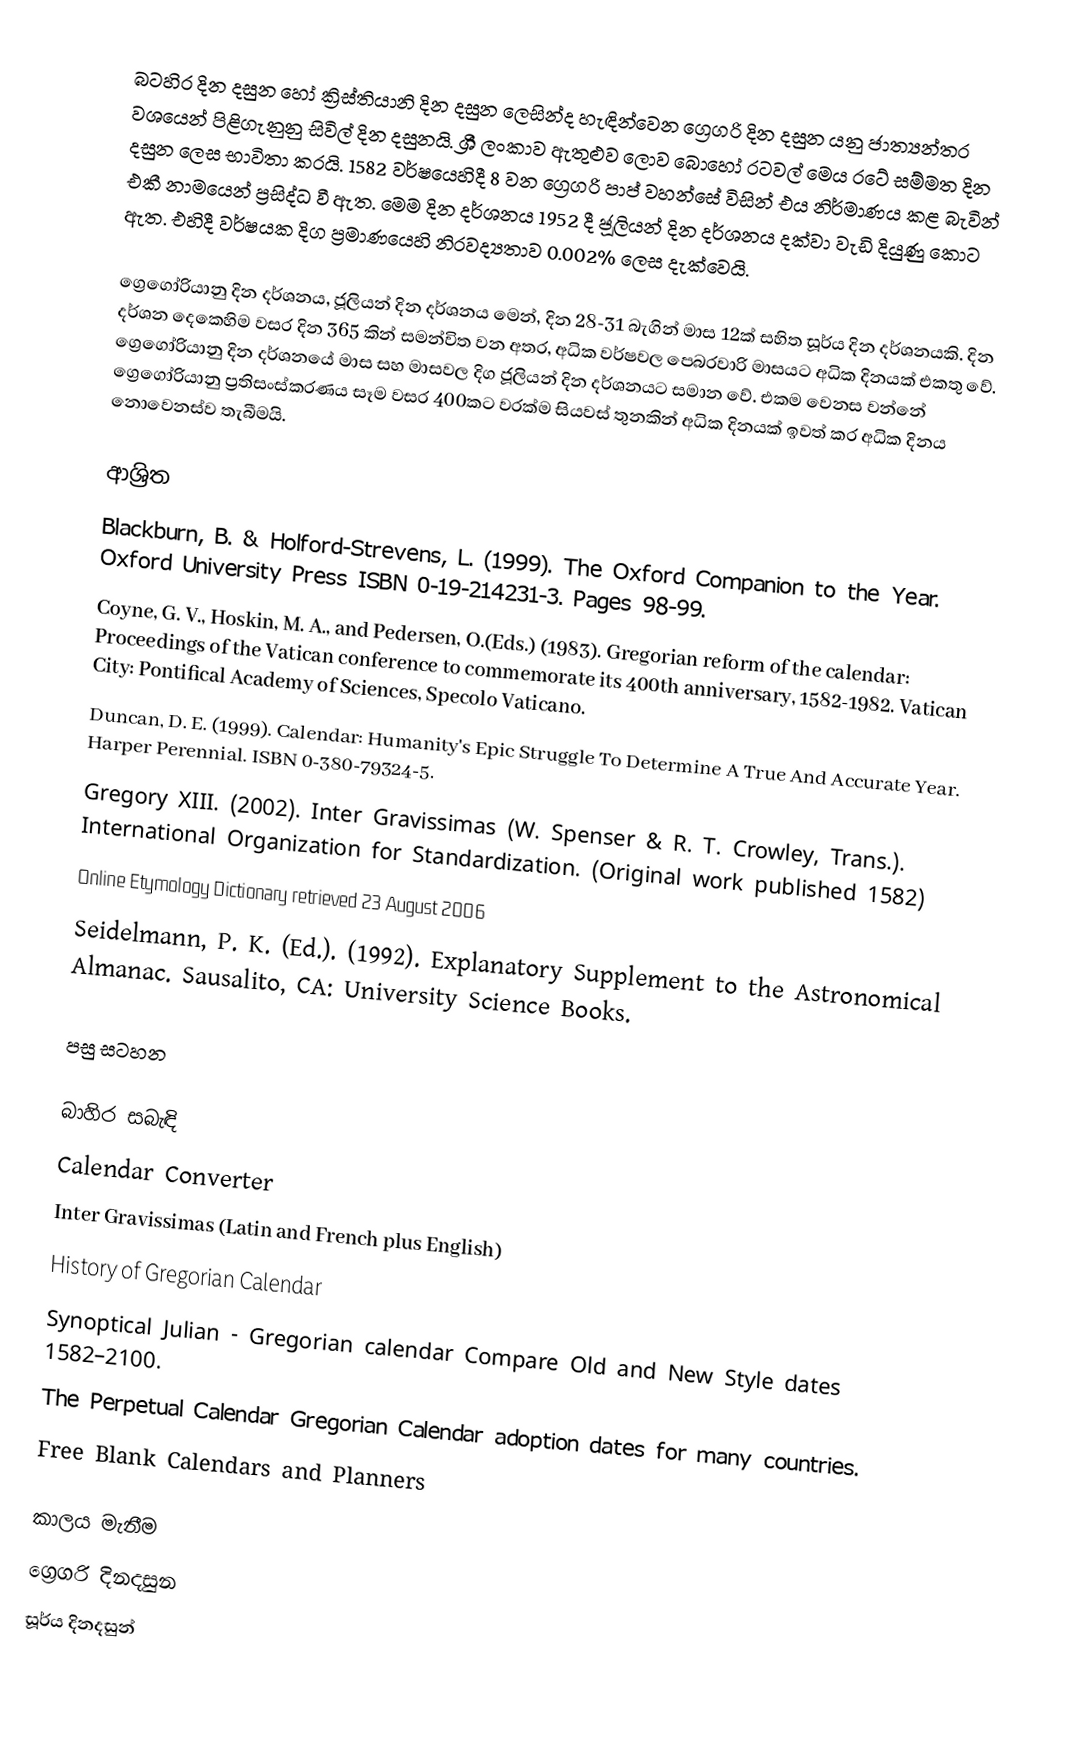
බටහිර දින දසුන හෝ ක්‍රිස්තියානි දින දසුන ලෙසින්ද හැඳින්වෙන ග්‍රෙගරි දින දසුන යනු ජාත්‍යන්තර වශයෙන් පිළිගැනුනු සිවිල් දින දසුනයි. ‍ශ්‍රී ලංකාව ඇතුළුව ලොව බොහෝ රටවල් මෙය රටේ සම්මත දින දසුන ලෙස භාවිතා කරයි.  1582 වර්ෂයෙහිදී 8 වන ග්‍රෙගරි පාප් වහන්සේ විසින් එය නිර්මාණය කළ බැවින් එකී නාමයෙන් ප්‍රසිද්ධ වී ඇත. මෙම දින දර්ශනය 1952 දී ජූලියන් දින දර්ශනය දක්වා වැඩි දියුණු කොට ඇත. එහිදී වර්ෂයක දිග ප්‍රමාණයෙහි නිරවද්‍යතාව 0.002% ලෙස දැක්වෙයි.

ග්‍රෙගෝරියානු දින දර්ශනය, ජූලියන් දින දර්ශනය මෙන්, දින 28-31 බැගින් මාස 12ක් සහිත සූර්ය දින දර්ශනයකි.  දින දර්ශන දෙකෙහිම වසර දින 365 කින් සමන්විත වන අතර, අධික වර්ෂවල පෙබරවාරි මාසයට අධික දිනයක් එකතු වේ.  ග්‍රෙගෝරියානු දින දර්ශනයේ මාස සහ මාසවල දිග ජූලියන් දින දර්ශනයට සමාන වේ.  එකම වෙනස වන්නේ ග්‍රෙගෝරියානු ප්‍රතිසංස්කරණය සෑම වසර 400කට වරක්ම සියවස් තුනකින් අධික දිනයක් ඉවත් කර අධික දිනය නොවෙනස්ව තැබීමයි.

ආශ්‍රිත
 Blackburn, B. & Holford-Strevens, L. (1999). The Oxford Companion to the Year.  Oxford University Press ISBN 0-19-214231-3. Pages 98-99.
 Coyne, G. V., Hoskin, M. A., and Pedersen, O.(Eds.) (1983). Gregorian reform of the calendar: Proceedings of the Vatican conference to commemorate its 400th anniversary, 1582-1982. Vatican City: Pontifical Academy of Sciences, Specolo Vaticano.
 Duncan, D. E. (1999). Calendar: Humanity's Epic Struggle To Determine A True And Accurate Year. Harper Perennial. ISBN 0-380-79324-5.
 Gregory XIII. (2002). Inter Gravissimas (W. Spenser & R. T. Crowley, Trans.). International Organization for Standardization. (Original work published 1582)
 Online Etymology Dictionary retrieved 23 August 2006
 Seidelmann, P. K. (Ed.). (1992). Explanatory Supplement to the Astronomical Almanac. Sausalito, CA: University Science Books.

පසු සටහන

බාහිර සබැඳි
 Calendar Converter
 Inter Gravissimas (Latin and French plus English)
 History of Gregorian Calendar
 Synoptical Julian - Gregorian calendar Compare Old and New Style dates 1582–2100.
 The Perpetual Calendar Gregorian Calendar adoption dates for many countries.
 Free Blank Calendars and Planners

කාලය මැනීම
ග්‍රෙගරි දිනදසුන
සූර්ය දිනදසුන්